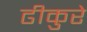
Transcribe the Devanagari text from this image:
ढीकुरे